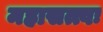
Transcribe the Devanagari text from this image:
महासत्त्वः